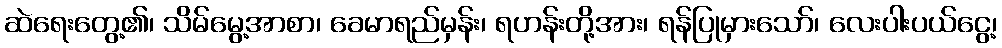
ဆဲရေးတွေ့၏၊ သိမ်မွေ့အာစာ၊ ခေမာရည်မှန်း၊ ရဟန်းတို့အား၊ ရန်ပြုမှားသော်၊ လေးပါးပယ်ငွေ့၊